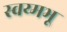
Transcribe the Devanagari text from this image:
स्वय्मभू